Leaving Certificate, 1898
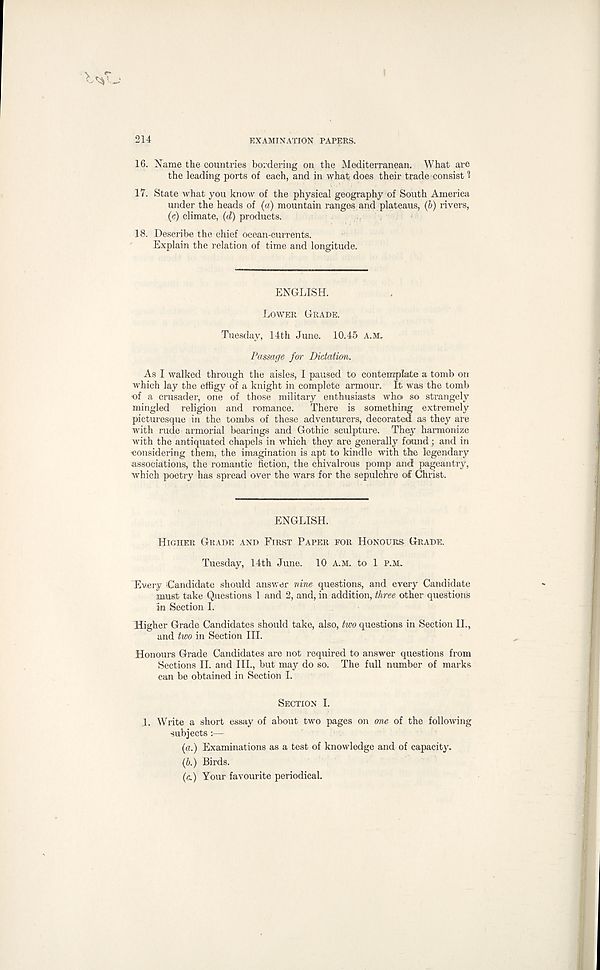
214
EXAMINATION PAPERS.
16. Name the countries bordering on the Mediterranean. What are
the leading ports of each, and in what does their trade consist 1
17. State what you know of the physical geography of South America
under the heads of (a) mountain ranges and plateaus, (b) rivers,
(c) climate, (d) products.
18. Describe the chief ocean-currents.
Explain the relation of time and longitude.
ENGLISH.
LOWER GRADE.
Tuesday, 14th June. 10.45 A.M.
Passage for Dictation.
As I walked through the aisles, I paused to contemplate a tomb on
which lay the effigy of a knight in complete armour. It was the tomb
of a crusader, one of those military enthusiasts who> so strangely
mingled religion and romance.
There is something extremely
picturesque in the tombs of these adventurers, decorated as they are
with rude armorial bearings and Gothic sculpture. The} 7 harmonize
with the antiquated chapels in which they are generally found; and in
•considering them, the imagination is apt to kindle with the legendary
associations, the romantic Action, the chivalrous pomp and pageantry,
which poetry has spread over the wars for the sepulchre of Christ.
ENGLISH.
HIGHER GRADE AND FIRST PAPER FOR HONOURS GRADE.
Tuesday, 14th June. 10 A.M. to 1 P.M.
Every Candidate should answer nine questions, and every Candidate
must take Questions 1 and 2, and, in addition, three other questions
in Section I.
Higher Grade Candidates should take, also, two questions in Section II.,
and two in Section III.
Honours Grade Candidates are not required to answer questions from
Sections II. and III., but may do so. The full number of marks
can be obtained in Section I.
SECTION I.
1. Write a short essay of about two pages on one of the following
subjects ;—
(a.) Examinations as a test of knowledge and of capacity.
(b.) Birds.
(c) Your favourite periodical.